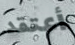
أعتقد